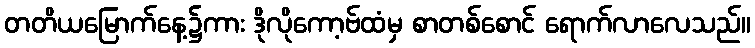
တတိယမြောက်နေ့၌ကား ဒိုလိုကော့ဗ်ထံမှ စာတစ်စောင် ရောက်လာလေသည်။